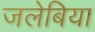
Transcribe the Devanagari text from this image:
जलेबिया